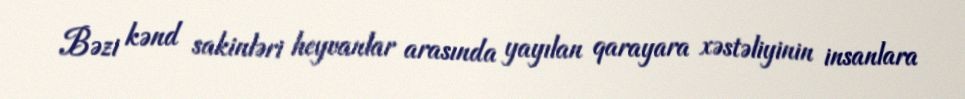
Bəzi kənd sakinləri heyvanlar arasında yayılan qarayara xəstəliyinin insanlara